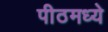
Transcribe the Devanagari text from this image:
पीठमध्ये